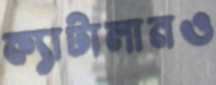
ক্যাটালানও